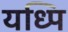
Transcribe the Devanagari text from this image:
यध्पि